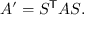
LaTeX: A ^ { \prime } = S ^ { \mathsf { T } } A S .